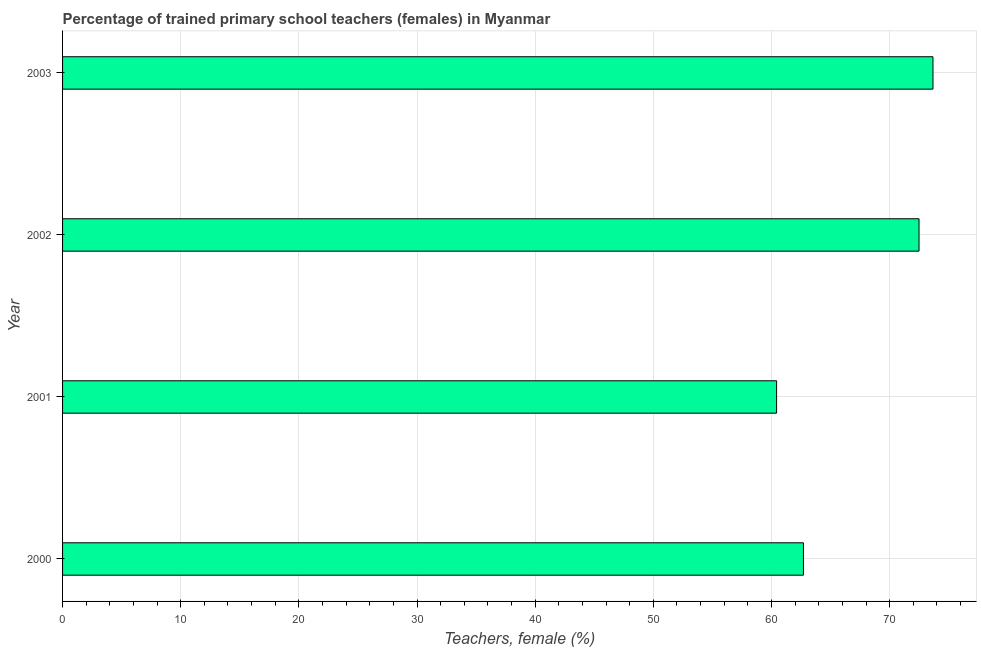
| Year | Trained teachers female |
 | --- | --- |
 | 2000 | 62.7 |
 | 2001 | 60.4 |
 | 2002 | 72.5 |
 | 2003 | 73.7 |